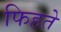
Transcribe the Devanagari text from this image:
फिहते